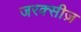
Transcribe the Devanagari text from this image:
जरक्सीज़